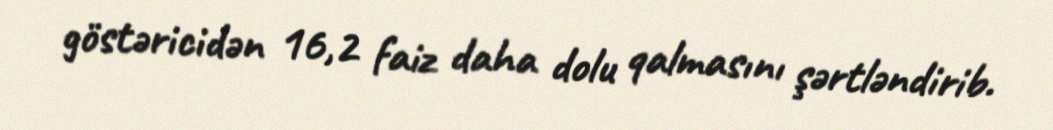
göstəricidən 16,2 faiz daha dolu qalmasını şərtləndirib.